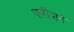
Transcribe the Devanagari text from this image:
फरीदाने